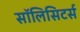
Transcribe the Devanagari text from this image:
सॉलिसिटर्स